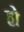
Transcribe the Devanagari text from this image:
हो